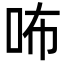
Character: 咘